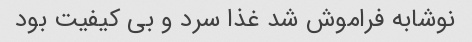
نوشابه فراموش شد غذا سرد و بی کیفیت بود